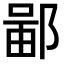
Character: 𫑣